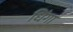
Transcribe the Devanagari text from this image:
धिंगा